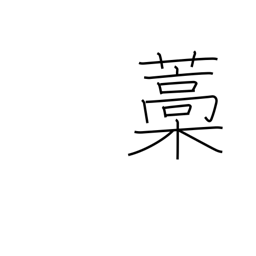
Meaning: straw